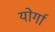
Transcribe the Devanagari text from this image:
योर्गा